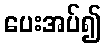
ပေးအပ်၍